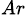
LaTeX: _{Ar}